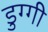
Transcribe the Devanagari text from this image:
डुग्गी